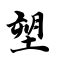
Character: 塑